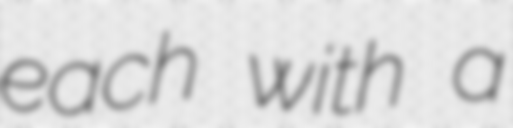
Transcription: each with a